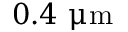
0 . 4 ~ { \upmu \mathrm { m } }